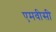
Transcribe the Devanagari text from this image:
एमवीसी